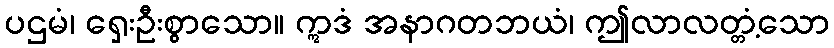
ပဌမံ၊ ရှေးဦးစွာသော။ ဣဒံ အနာဂတဘယံ၊ ဤလာလတ္တံ့သော